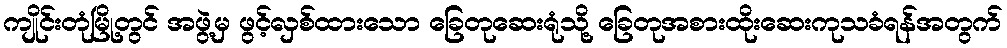
ကျိုင်းတုံမြို့တွင် အဖွဲ့မှ ဖွင့်လှစ်ထားသော ခြေတုဆေးရုံသို့ ခြေတုအစားထိုးဆေးကုသခံရန်အတွက်